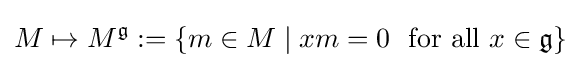
M\mapsto M^{\mathfrak {g}}:=\{m\in M\mid xm=0\ {\text{ for all }}x\in {\mathfrak {g}}\}